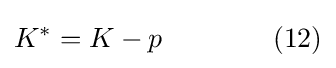
K^{*}=K-p\qquad \qquad (12)